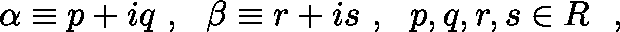
\alpha \equiv p + i q ~ , ~ ~ \beta \equiv r + i s ~ , ~ ~ p , q , r , s \in { \boldmath R } ~ ~ ,